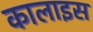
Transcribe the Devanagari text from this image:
कालाइस